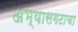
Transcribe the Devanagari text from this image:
अभ्यासगटाचा